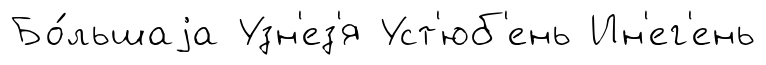
Бо́льшаjа Узн'ез'я Уст'юб'ень Ин'ег'ень